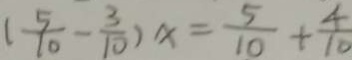
( \frac { 5 } { 1 0 } - \frac { 3 } { 1 0 } ) x = \frac { 5 } { 1 0 } + \frac { 4 } { 1 0 }